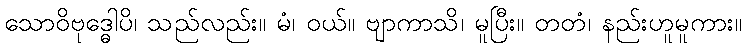
သောဝိဗုဒ္ဓေါပိ၊ သည်လည်း။ မံ၊ ဝယ်။ ဗျာကာသိ၊ မူပြီး။ တတံ၊ နည်းဟူမူကား။